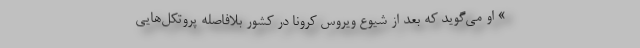
» او می‌گوید که بعد از شیوع ویروس کرونا در کشور بلافاصله پروتکل‌هایی